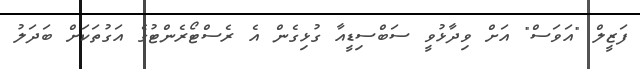
ފަޒީލް "އަވަސް" އަށް ވިދާޅުވީ ސަބްސިޑީއާ ގުޅިގެން އެ ރެސްޓޯރެންޓުގެ އަގުތަކަށް ބަދަލު